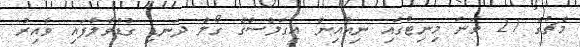
މެޗުގެ 21 ވަނަ މިނިޓުގައި ނިއުއިން އީގަލްސްގެ ގޯލް ދަނޑި ގުޑުވާލާފައި ވާއިރު